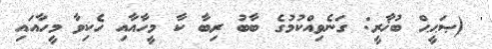
' (ޞަޙީޙް ބުޚާރީ: ގަނެވިއްކުމުގެ ބާބު ރިބާ ކާ މީހާއާއި ހެކިވާ މީހާއައި